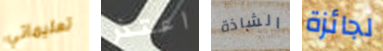
تعليماتي اعتذر الشاذة لجائزة